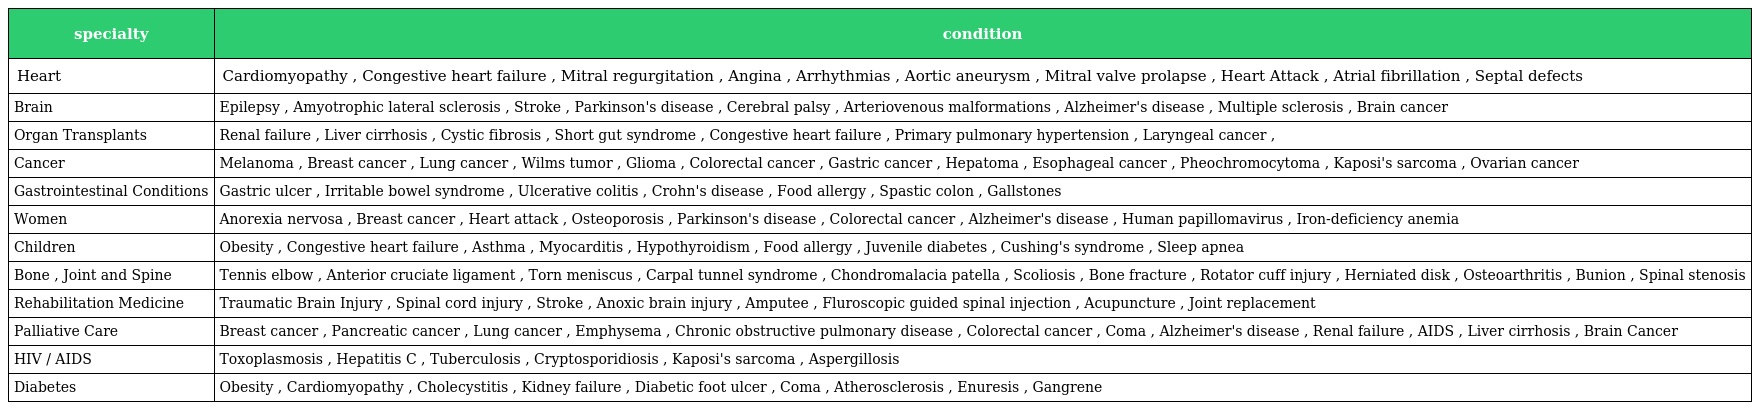
| specialty | condition |
 | --- | --- |
 | Heart | Cardiomyopathy , Congestive heart failure , Mitral regurgitation , Angina , Arrhythmias , Aortic aneurysm , Mitral valve prolapse , Heart Attack , Atrial fibrillation , Septal defects |
 | Brain | Epilepsy , Amyotrophic lateral sclerosis , Stroke , Parkinson's disease , Cerebral palsy , Arteriovenous malformations , Alzheimer's disease , Multiple sclerosis , Brain cancer |
 | Organ Transplants | Renal failure , Liver cirrhosis , Cystic fibrosis , Short gut syndrome , Congestive heart failure , Primary pulmonary hypertension , Laryngeal cancer , |
 | Cancer | Melanoma , Breast cancer , Lung cancer , Wilms tumor , Glioma , Colorectal cancer , Gastric cancer , Hepatoma , Esophageal cancer , Pheochromocytoma , Kaposi's sarcoma , Ovarian cancer |
 | Gastrointestinal Conditions | Gastric ulcer , Irritable bowel syndrome , Ulcerative colitis , Crohn's disease , Food allergy , Spastic colon , Gallstones |
 | Women | Anorexia nervosa , Breast cancer , Heart attack , Osteoporosis , Parkinson's disease , Colorectal cancer , Alzheimer's disease , Human papillomavirus , Iron-deficiency anemia |
 | Children | Obesity , Congestive heart failure , Asthma , Myocarditis , Hypothyroidism , Food allergy , Juvenile diabetes , Cushing's syndrome , Sleep apnea |
 | Bone , Joint and Spine | Tennis elbow , Anterior cruciate ligament , Torn meniscus , Carpal tunnel syndrome , Chondromalacia patella , Scoliosis , Bone fracture , Rotator cuff injury , Herniated disk , Osteoarthritis , Bunion , Spinal stenosis |
 | Rehabilitation Medicine | Traumatic Brain Injury , Spinal cord injury , Stroke , Anoxic brain injury , Amputee , Fluroscopic guided spinal injection , Acupuncture , Joint replacement |
 | Palliative Care | Breast cancer , Pancreatic cancer , Lung cancer , Emphysema , Chronic obstructive pulmonary disease , Colorectal cancer , Coma , Alzheimer's disease , Renal failure , AIDS , Liver cirrhosis , Brain Cancer |
 | HIV / AIDS | Toxoplasmosis , Hepatitis C , Tuberculosis , Cryptosporidiosis , Kaposi's sarcoma , Aspergillosis |
 | Diabetes | Obesity , Cardiomyopathy , Cholecystitis , Kidney failure , Diabetic foot ulcer , Coma , Atherosclerosis , Enuresis , Gangrene |